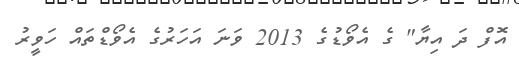
އޮފް ދަ އިޔާ" ގެ އެވޯޑުގެ 2013 ވަނަ އަހަރުގެ އެވޯޑްތައް ހަވީރު